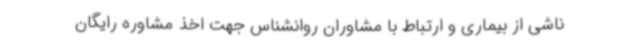
ناشی از بیماری و ارتباط با مشاوران روانشناس جهت اخذ مشاوره‌ رایگان